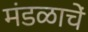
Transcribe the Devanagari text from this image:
मंडळाचें